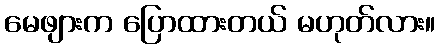
မေဖျားက ပြောထားတယ် မဟုတ်လား။